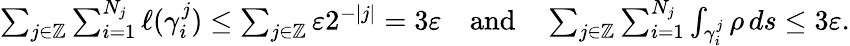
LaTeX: \begin{array}{r}{\sum_{j\in\mathbb Z}\sum_{i=1}^{N_{j}}\ell(\gamma_{i}^{j})\leq\sum_{j\in\mathbb Z}\varepsilon 2^{-|j|}=3\varepsilon\quad\textrm{and}\quad\sum_{j\in\mathbb Z}\sum_{i=1}^{N_{j}}\int_{\gamma_{i}^{j}}\rho\, ds\leq 3\varepsilon.}\end{array}